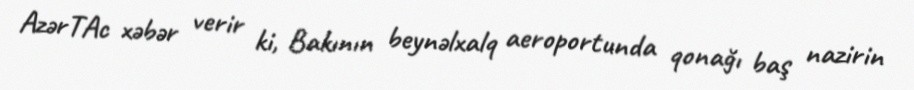
AzərTAc xəbər verir ki, Bakının beynəlxalq aeroportunda qonağı baş nazirin